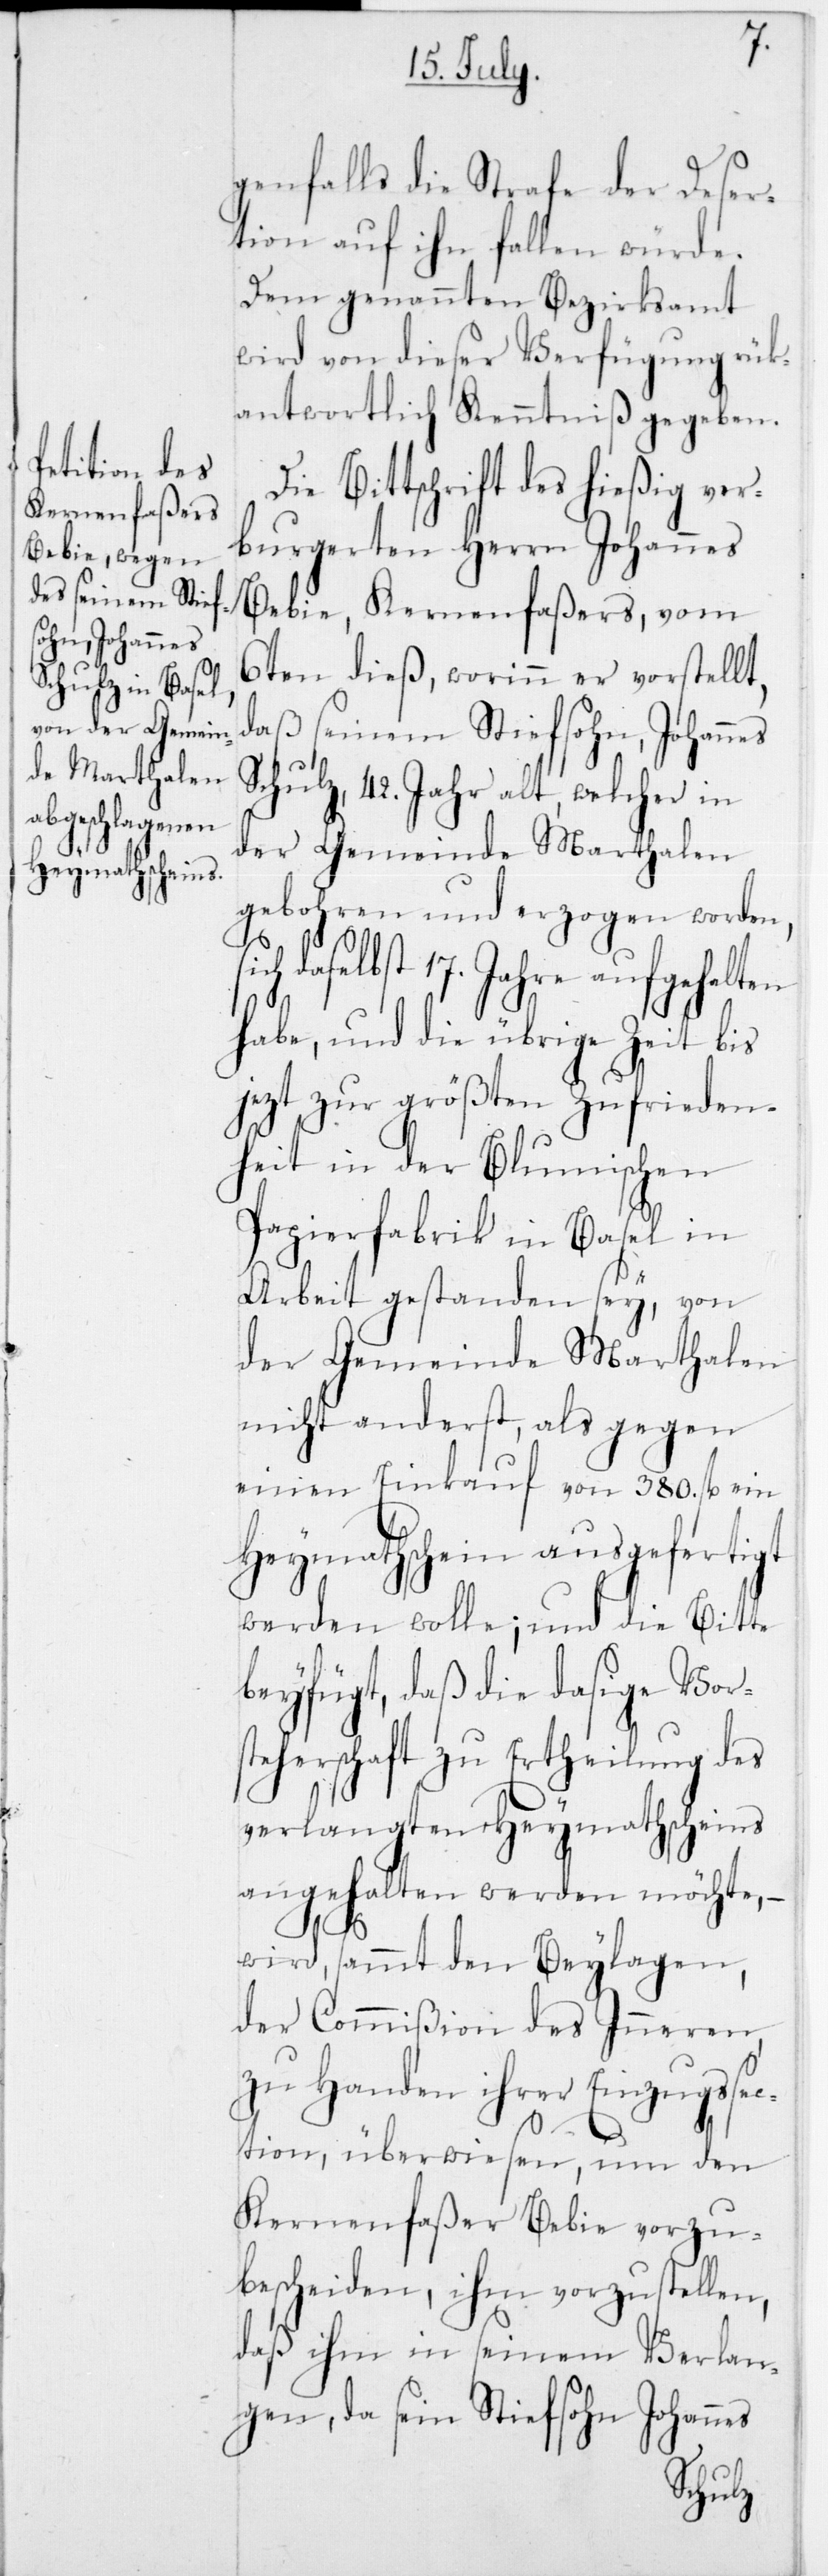
genfalls die Strafe der Deser¬
tion auf ihn fallen würde.
Dem genannten Bezirksammt
wird von dieser Verfügung rück¬
antwortlich Kenntniß gegeben.
Die Bittschrift des hießig ver¬
burgereten Herrn Johannes
Bebie, Kernenfaßers, vom
6ten dieß, worin er vorstellt,
daß seinem Stiefsohn, Johannes
Schulz, 42 Jahr alt, welcher in
der Gemeinde Marthalen
gebohren und erzogen worden,
daselbst 17 Jahre aufgehalten
habe, und die übrige Zeit bis
jezt zur größten Zufrieden¬
heit in der Blumischen
Papierfabrik in Basel in
Arbeit gestanden sey, von
der Gemeinde Marthalen
nicht anderst, als gegen
einen Einkauf von 380 fl. ein
Heymathschein ausgefertigt
werden wolle; und die Bitte
beyfügt, daß die dasige Vorst¬
eherschaft zu Ertheilung des
verlangten Heymathscheins
angehalten werden möchte, –
wird sammt den Beylagen,
der Commißion des Inneren
zu Handen ihrer Einzugssec¬
tion, überwiesen, um den
Kernenfaßer Bebie vorzu¬
bescheiden, ihm vorzustellen,
daß ihm in seinem Verlan¬
gen, da sein Stiefsohn Johannes